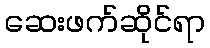
ဆေးဖက်ဆိုင်ရာ